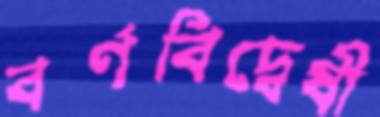
বর্ণবিদ্বেষী